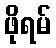
ဖိုရမ်